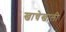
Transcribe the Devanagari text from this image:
खाचेखाली